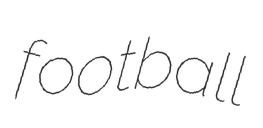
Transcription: football